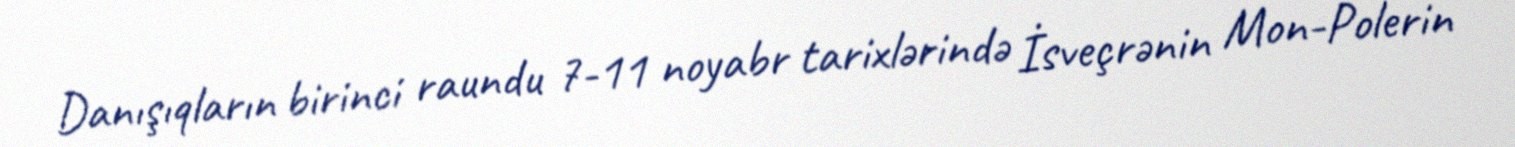
Danışıqların birinci raundu 7-11 noyabr tarixlərində İsveçrənin Mon-Polerin